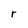
Character: r